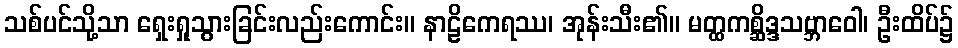
သစ်ပင်သို့သာ ရှေးရှုသွားခြင်းလည်းကောင်း။ နာဠိကေရဿ၊ အုန်းသီး၏။ မတ္ထကစ္ဆိဒ္ဒသဗ္ဘာဝေါ၊ ဦးထိပ်၌